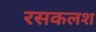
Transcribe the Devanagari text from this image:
रसकलश